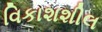
વિકાશશીલ